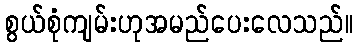
စွယ်စုံကျမ်းဟုအမည်ပေးလေသည်။